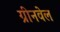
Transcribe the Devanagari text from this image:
ग्रीनवेल